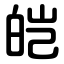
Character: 皑